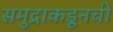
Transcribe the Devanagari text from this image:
समुद्राकडूनची